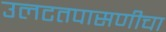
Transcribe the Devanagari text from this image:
उलटतपासणीचा